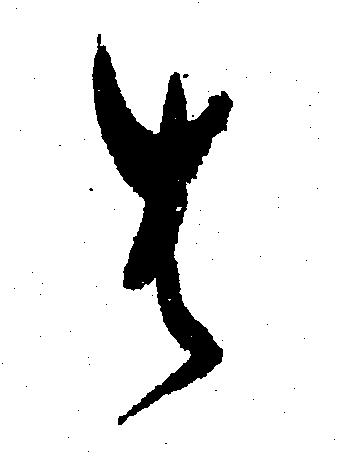
は